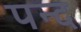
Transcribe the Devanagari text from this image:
पन्द